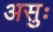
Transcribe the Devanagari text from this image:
असुः